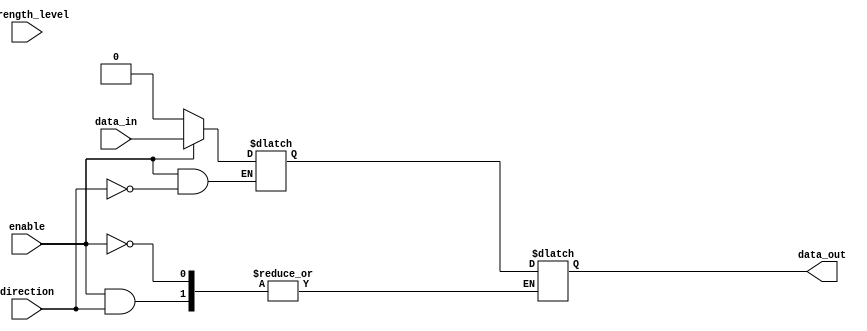
module IO_Blocks_Compensated_bidirectional_buffer (
    input wire enable,
    input wire data_in,
    output wire data_out,
    input wire direction,
    input wire strength_level
);

    reg buffer;

    always @ (enable or data_in or direction or strength_level) begin
        if (enable) begin
            if (direction) begin
                case (strength_level)
                    2'b00: buffer <= data_in;
                    2'b01: buffer <= data_in & 4'b1111;
                    2'b10: buffer <= data_in & 4'b111;
                    2'b11: buffer <= data_in & 4'b11;
                endcase
            end else begin
                data_out <= buffer;
            end
        end else begin
            buffer <= 1'b0;
        end
    end

endmodule